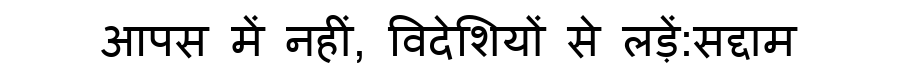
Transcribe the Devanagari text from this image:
आपस में नहीं, विदेशियों से लड़ें:सद्दाम